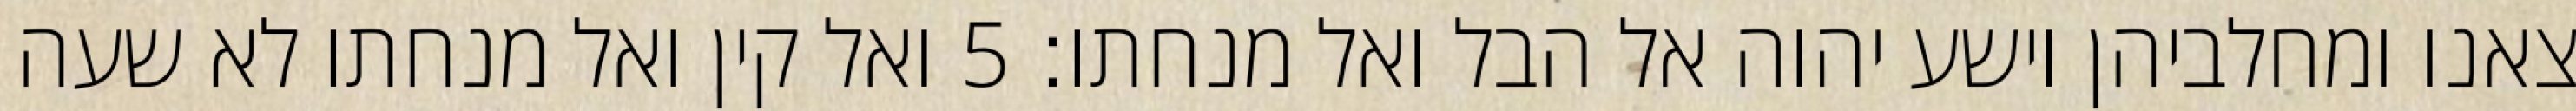
צאנו ומחלביהן וישע יהוה אל הבל ואל מנחתו׃ ‎5‏ ואל קין ואל מנחתו לא שעה